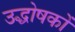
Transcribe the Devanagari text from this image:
उद्धोषकों